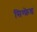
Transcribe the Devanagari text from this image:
सिग्फ्रेड